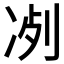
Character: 𠗗